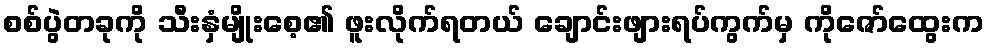
စစ်ပွဲတခုကို သီးနှံမျိုးစေ့၏ ဖူးလိုက်ရတယ် ချောင်းဖျားရပ်ကွက်မှ ကိုဇော်ထွေးက